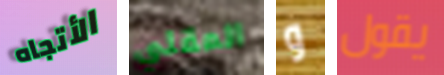
الأتجاه المقلي و يقول